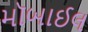
મૉબાઈલ